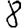
Digit: 8